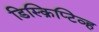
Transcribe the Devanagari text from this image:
डिस्क्रिप्टिव्ह